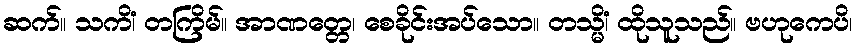
ဆက်။ သကိံ၊ တကြိမ်။ အာဏတ္တေ၊ စေခိုင်းအပ်သော။ တသ္မိံ၊ ထိုသူသည်။ ဗဟုကေပိ၊